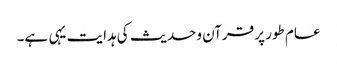
عام طور پر قرآن وحدیث کی ہدایت یہی ہے۔